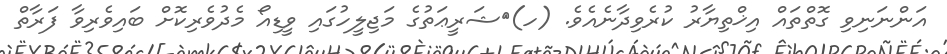
އަންނަނިވި ގޮތްތައް އިޚްތިޔާރު ކުރެވިދާނެއެވެ. (ހ)	ޝަރީޢަތުގެ މަޖިލީހުގައި ވީޑިއޯ މެދުވެރިކޮށް ބައިވެރިވާ ފަރާތް